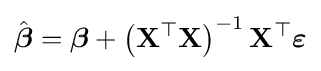
{\hat {\boldsymbol {\beta }}}={\boldsymbol {\beta }}+\left(\mathbf {X} ^{\top }\mathbf {X} \right)^{-1}\mathbf {X} ^{\top }{\boldsymbol {\varepsilon }}